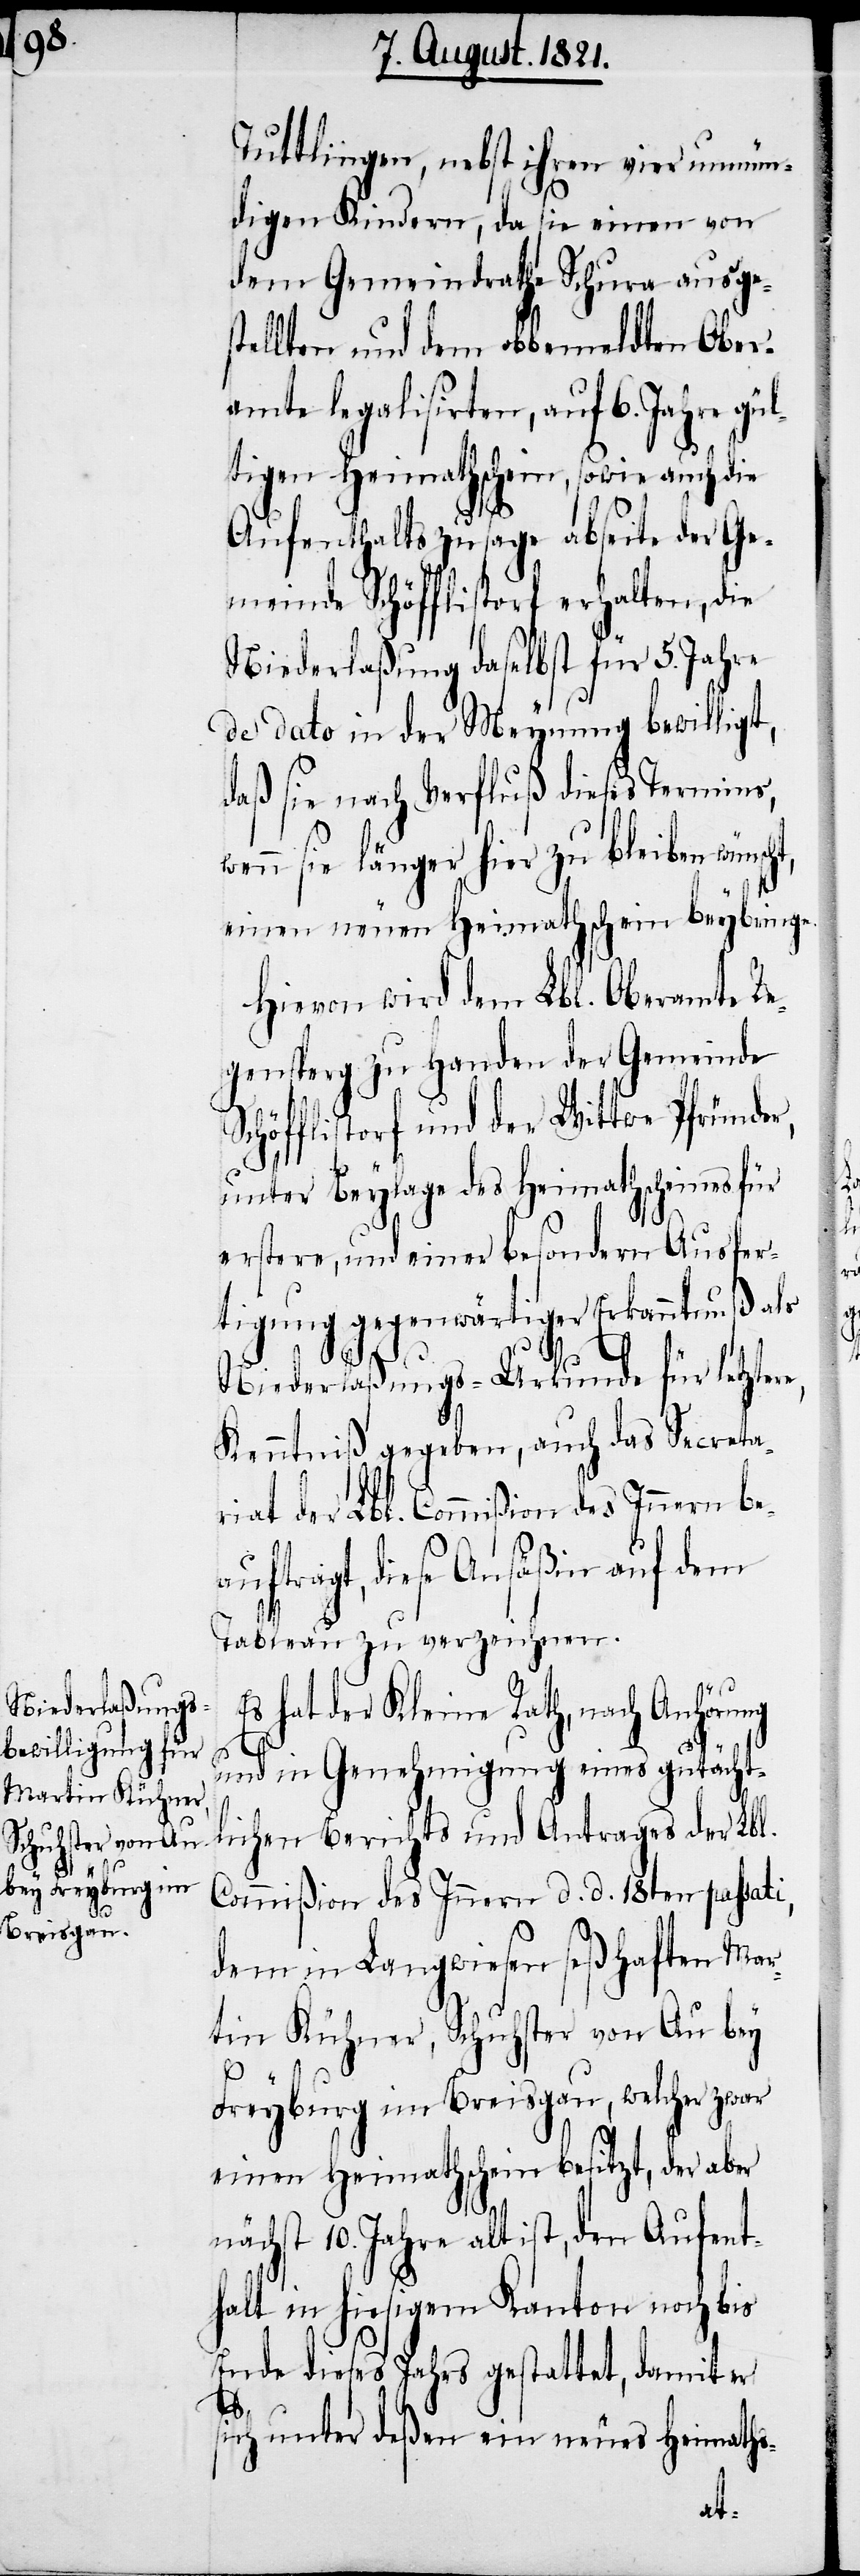
Tuttlingen, nebst ihren vier unmün¬
digen Kindern, da sie einen von
dem Gemeindrathe Schura ausges¬
tellten und dem obbemeldten Ober¬
amte legalisirten, auf 6. Jahre gül¬
tigen Heimathschein, sowie auch die
Aufenthaltszusage abseite der Ge¬
meinde Schöfflistorf erhalten, die
Niederlaßung daselbst für 5. Jahre
de dato in der Meynung bewilligt,
daß sie nach Verfluß dieses Termins,
wenn sie länger hier zu bleiben wünscht,
einen neuen Heimathschein beybringe.
Hievon wird dem Lbl. Oberamte Re¬
gensperg zu Handen der Gemeinde
Schöfflistorf und der Wittwe Pfründer,
unter Beylage des Heimathscheins für
erstere, und einer besondern Ausfer¬
tigung gegenwärtiger Erkanntnuß als
Niederlaßungs-Urkunde für letzter¬
Kenntniß gegeben, auch das Secreta¬
riat der Lbl. Commißion des Innern be¬
auftragt, diese Ansäßin auf dem
Tableau zu verzeichnen.
hat der Kleine Rath, nach Anhöru¬
ng
und in Genehmigung eines gutächt¬
lichen Berichts und Antrages der Lbl.
Commißion des Innern d. d. 18ten passati,
dem in Langwiesen seßhaften Mar¬
tin Kühner, Schuhster von Au bey
Freyburg im Breisgau, welcher zwar
einen Heimathschein besitzt, der aber
nächst 10. Jahre alt ist, den Aufent¬
halt in hiesigem Kanton noch bis
Ende dieses Jahres gestattet, damit er
sich unter deßen ein neues Heimaths-